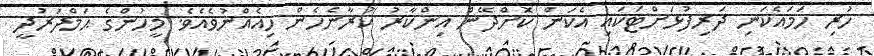
ހުރި ހަމައެކަނި ދަރިފުޅަށްޓަކައި އެކަން ކޮށްދޭން އިންކާރު ކުރާނެހެން ހިއެއްނުވެއެވެ. މީހުންގެ ޙަމްދަރުދީ